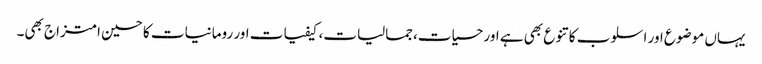
یہاں موضوع اور اسلوب کا تنوع بھی ہے اور حسیات،جمالیات، کیفیات اور رومانیات کا حسین امتزاج بھی۔